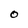
Character: o